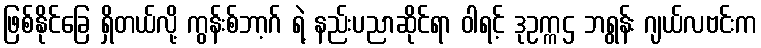
ဖြစ်နိုင်ခြေ ရှိတယ်လို့ ကွန်းစ်ဘာ့ဂ် ရဲ့ နည်းပညာဆိုင်ရာ ဝါရင့် ဒုဥက္ကဌ ဘရွန်း ဂျယ်လဗင်းက